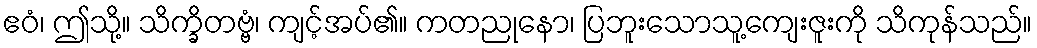
ဧဝံ၊ ဤသို့။ သိက္ခိတဗ္ဗံ၊ ကျင့်အပ်၏။ ကတညုနော၊ ပြဘူးသောသူ့ကျေးဇူးကို သိကုန်သည်။